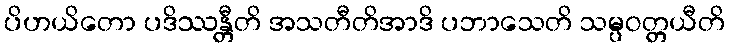
ပိဟယိတော ပဒိဿန္တီတိ အသတီတိအာဒိ ပဘာသေတိ သမ္ပဝတ္တယီတိ